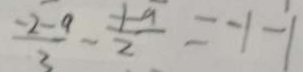
\frac { - 2 - a } { 3 } - \frac { - 1 - a } { 2 } = - 1 - 1